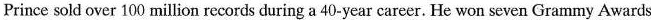
Prince sold over 100 million records during a 40-year career. He won seven Grammy Awards